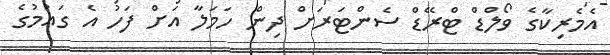
އެމެރިކާގެ ވޯލްޑް ޓްރޭޑް ސެންޓަރަށް ދިން ހަމަލާ އަށް ފަހު އެ ގައުމުގެ